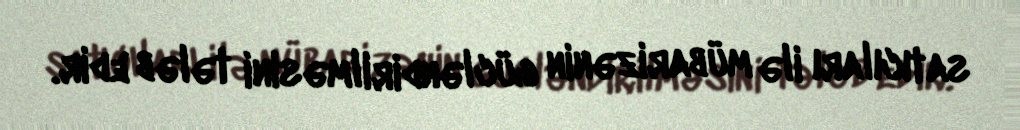
satıcıları ilə mübarizənin gücləndirilməsini tələb edir.